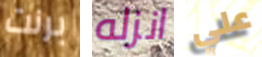
برنت انزله علي